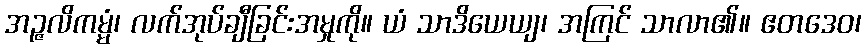
အဉ္ဇလိကမ္မံ၊ လက်အုပ်ချီခြင်းအမှုကို။ ယံ သာဒိယေယျ၊ အကြင် သာလာ၏။ ဧတဒေဝ၊